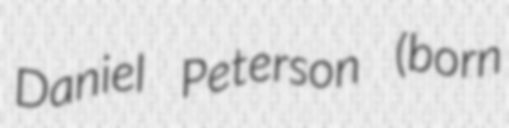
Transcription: Daniel Peterson (born